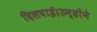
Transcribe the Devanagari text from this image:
दिलवाई।उन्होंने